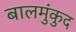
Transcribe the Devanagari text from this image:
बालमुंकुद